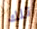
تلك